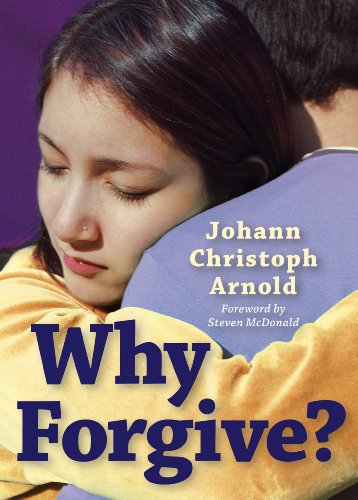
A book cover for Why Forgive?; Johann Christoph Arnold; Self-Help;